65_HS1-834228961_62-HQ-83894_Section_6
Agency: FBI
Page 173
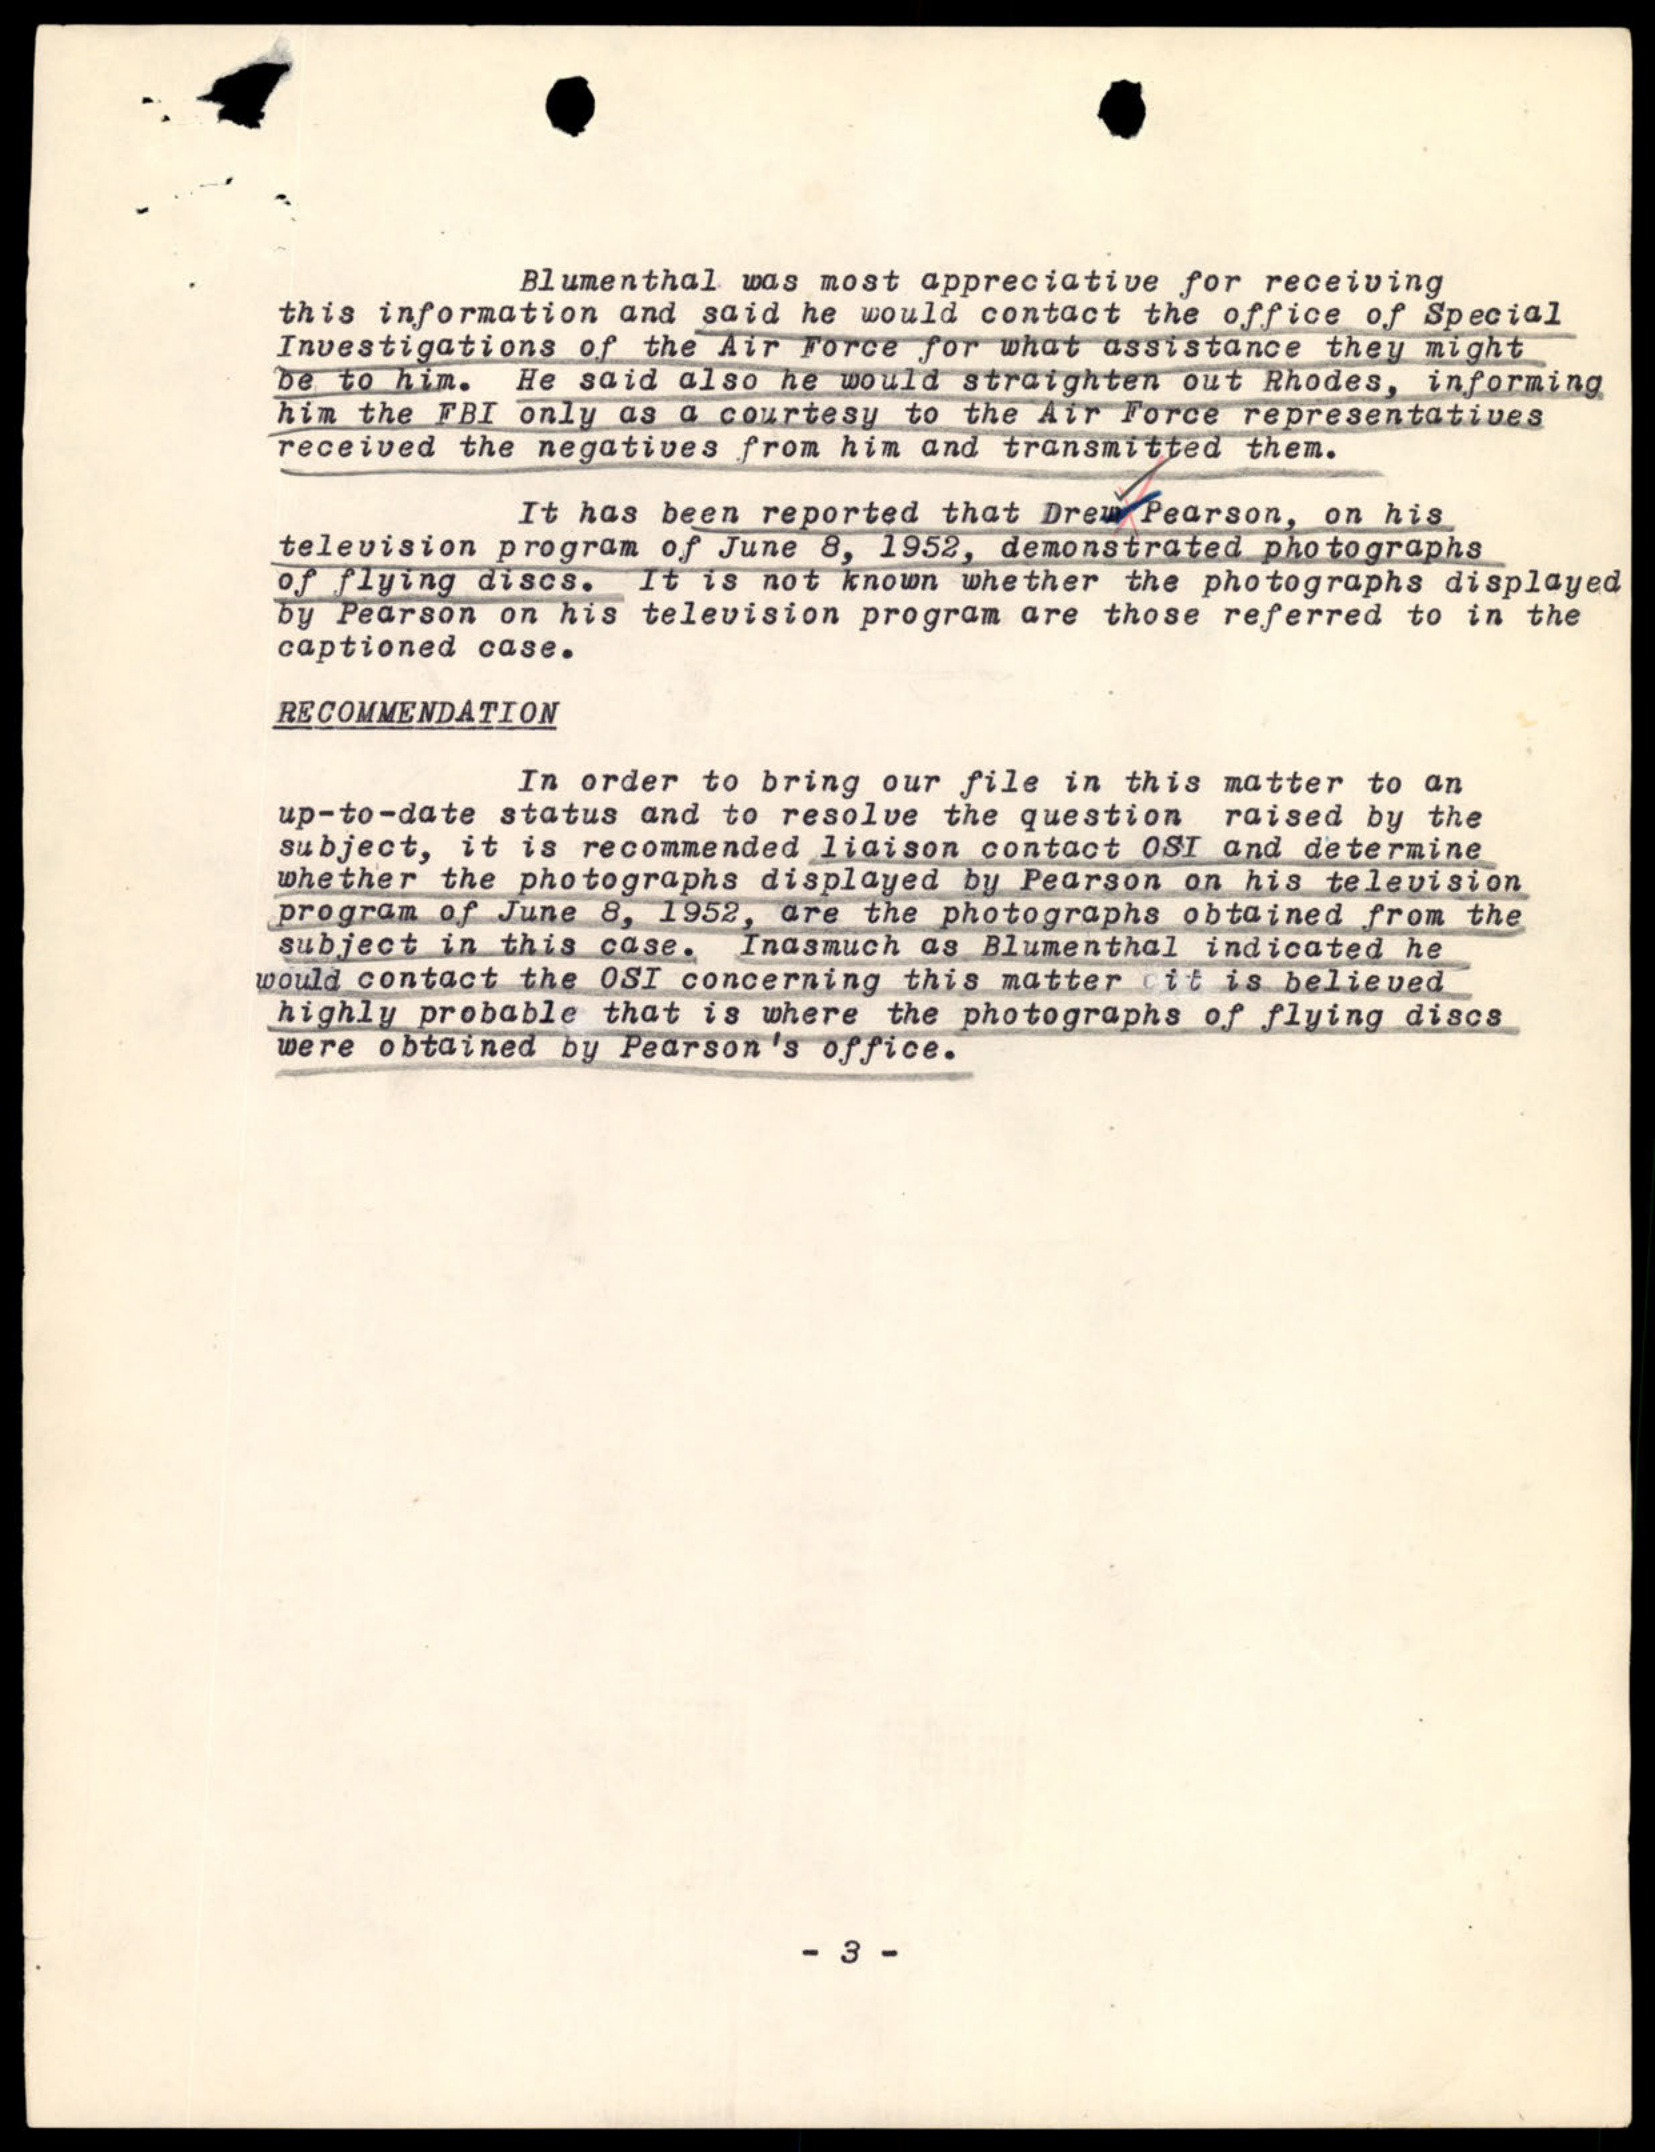